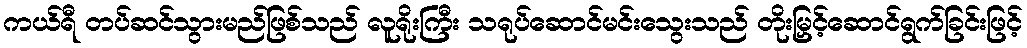
ကယ်ရီ တပ်ဆင်သွားမည်ဖြစ်သည် လူရိုးကြီး သရုပ်ဆောင်မင်းသွေးသည် တိုးမြှင့်ဆောင်ရွက်ခြင်းဖြင့်